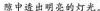
隙中透出明亮的灯光。